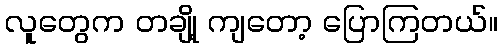
လူတွေက တချို့ ကျတော့ ပြောကြတယ်။